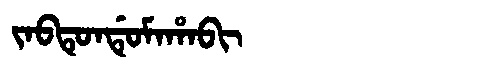
Manchu: ᠵᠠᠪᡨᡠᠨᡩᡠᠮᠠᡥᠠᠪᡳ
Romanization: JABTUNDUMAHABI